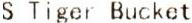
S TIGER BUCKET